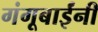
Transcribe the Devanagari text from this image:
गंगूबाईंनी